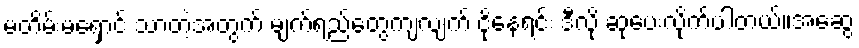
မတိမ်းမရှောင် သာတဲ့အတွက် မျက်ရည်တွေကျလျက် ငိုနေရင်း ဒီလို ဆုပေးလိုက်ပါတယ်။အဆွေ